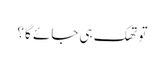
تو تھک ہی جائے گا ؟